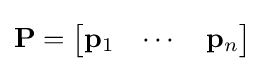
\mathbf {P} ={\begin{bmatrix}\mathbf {p} _{1}&\cdots &\mathbf {p} _{n}\end{bmatrix}}